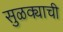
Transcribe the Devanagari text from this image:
सुळक्याची